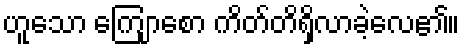
ဟူသော ကြျောစော ကိတ်တိရှိလာခဲ့လေ၏။